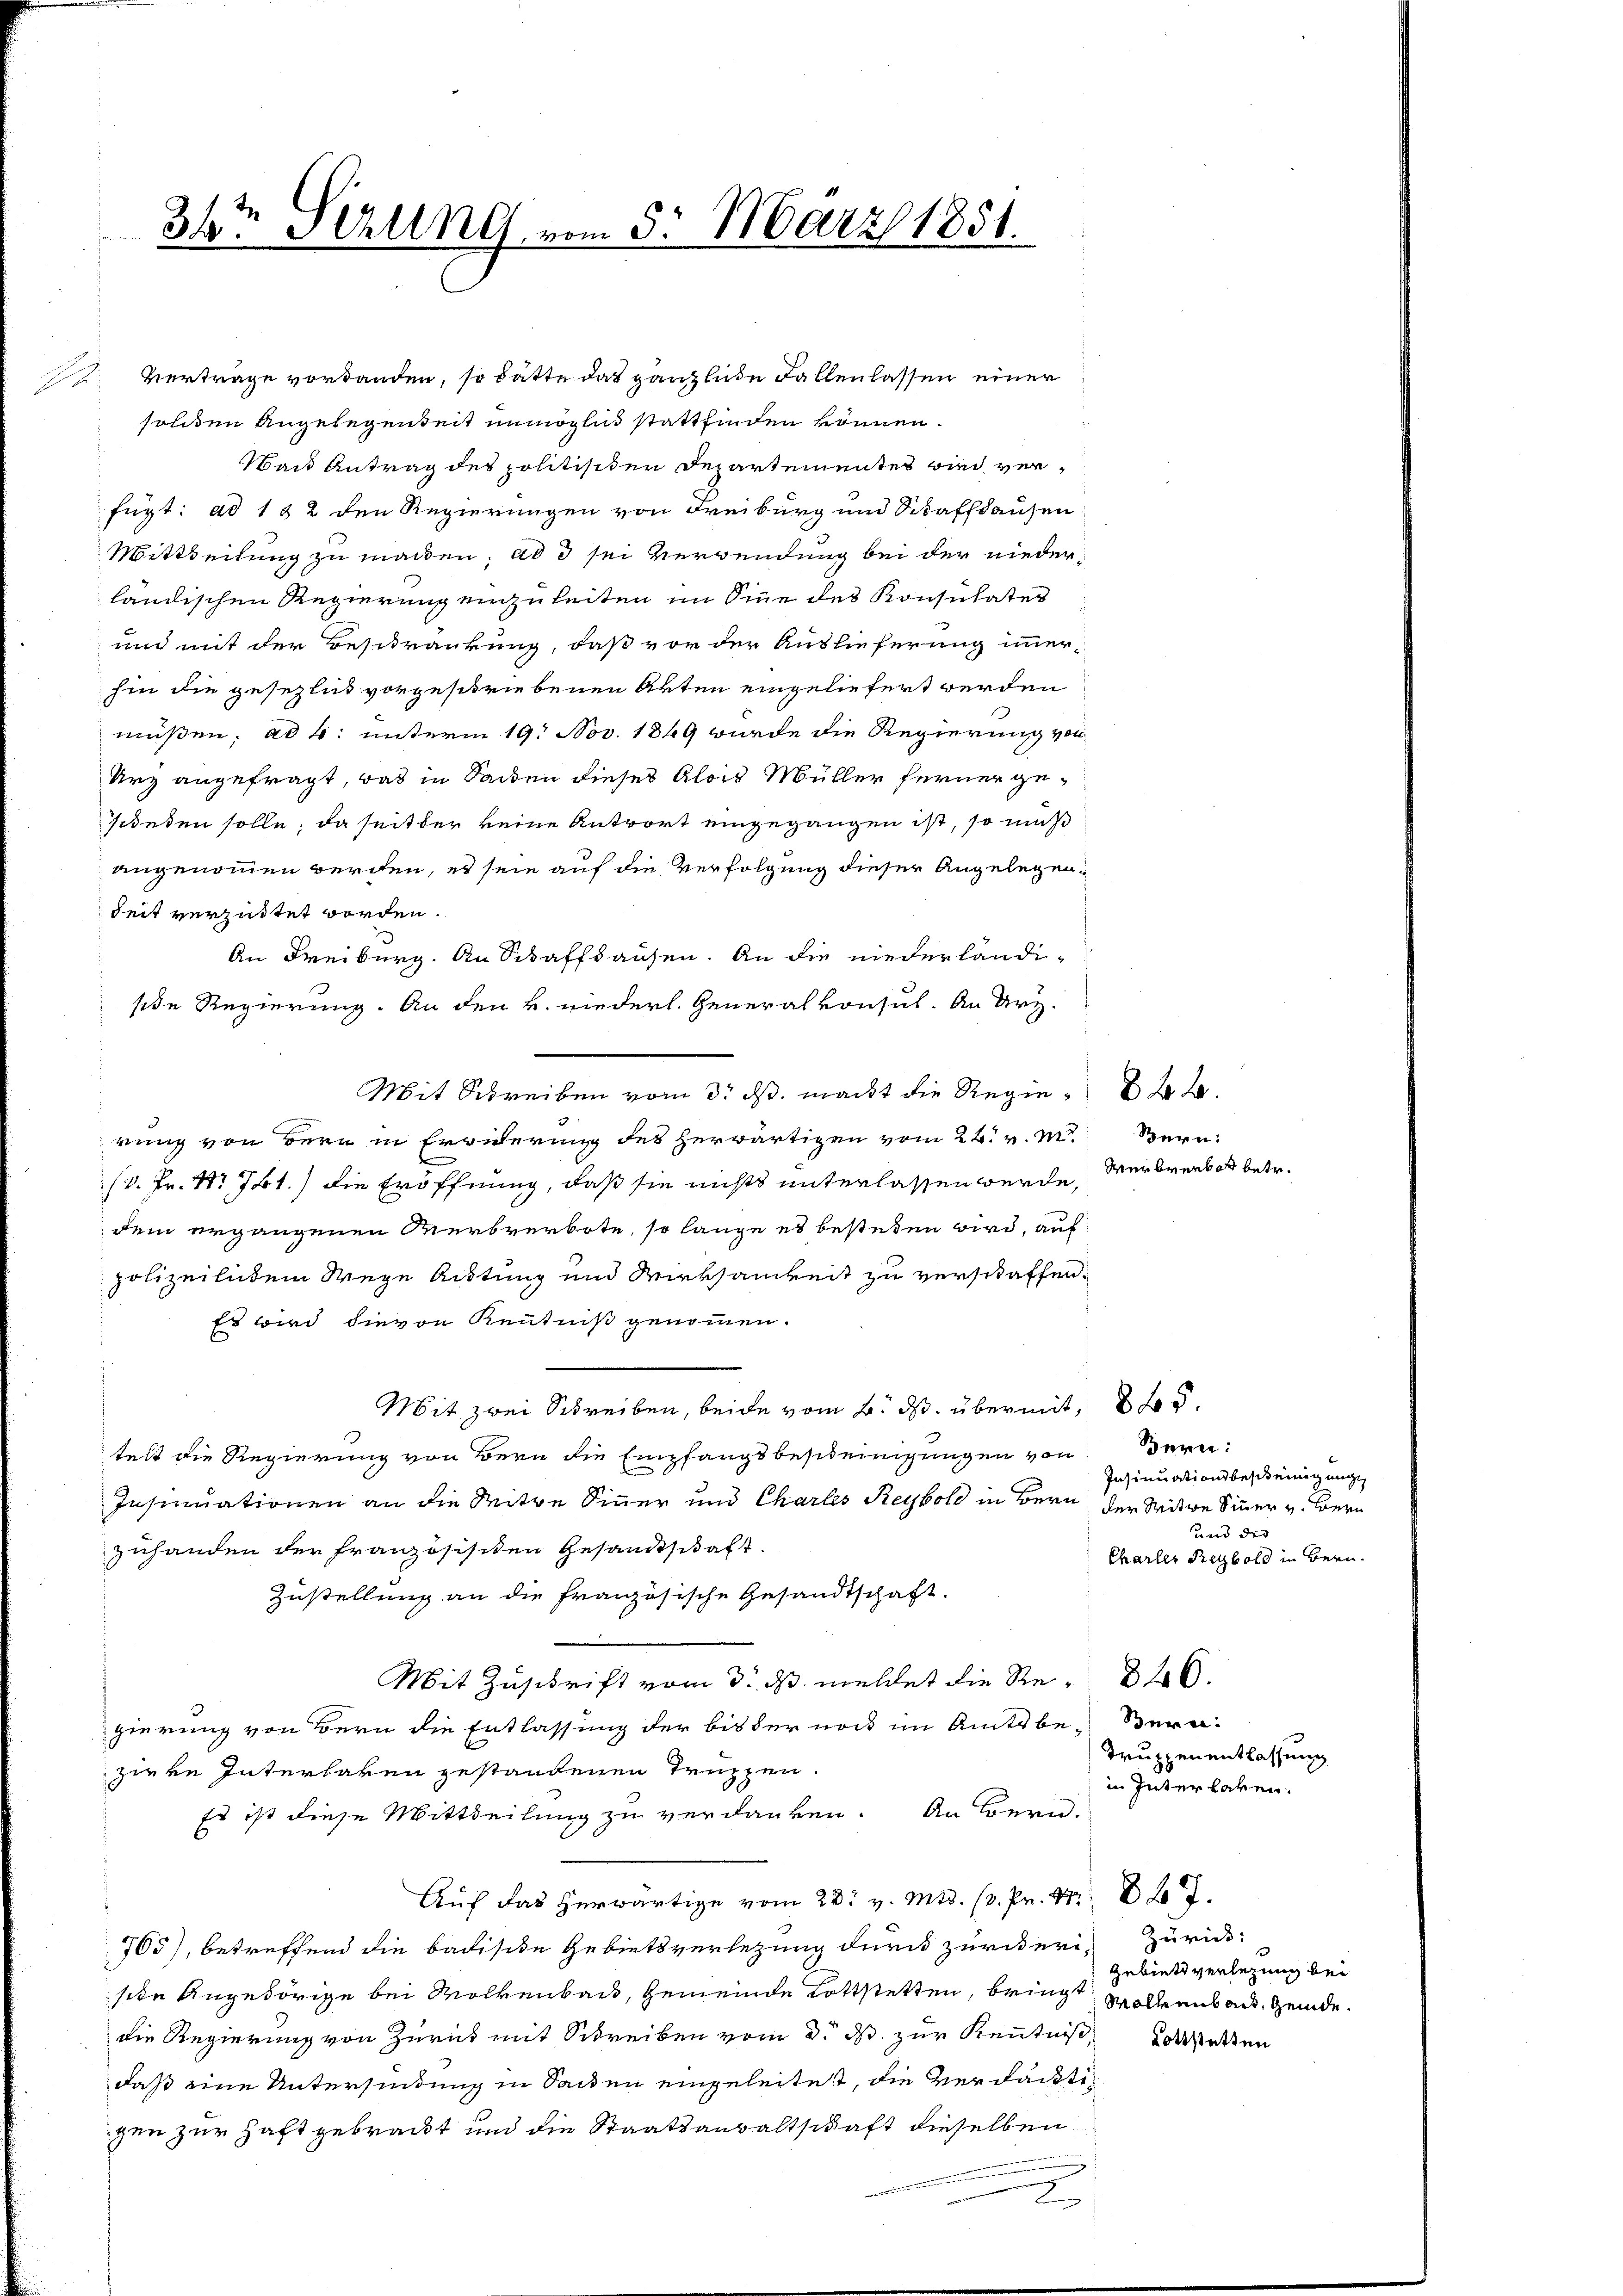
S

34te Serung vom 5. März 1851.

Verträge vorhanden, so hätte das gänzliche Fallenlassen einer
solden Angelegenheit unmöglich stattfinden können.
Wand Antrag des politisiten Departementes wird verfügt: ad 122 den Regierungen von Freiburg und Sidaffhausen
Mittheilung zu machen; ad d sei Verwendung bei der niederländischen Regierung einzuleiten im Sinne des Konsulater
und mit der Beschränkung, daß vor der Auslieferung immer-
hin die gesezlich vorgeschriebenen Arten eingeliefert werden
müßen; ad 4. unterm 19. Nov. 1849 wurde die Regierung von
Urz angefragt, was in Sacken dieses Alois Müller ferner gesdeten solle, da seit der keine Antwort eingegangen ist, so muß
angenommen werden, es sein auf die Verfolgung dieser Angelegen-
Seit verzustet worden.
An Freiburg. An Schaffhausen. An die niederländi-
sde Regierung. An den k. wiederl. Generalkonsul. An Urz-
Mit Schreiben d. d. macht die Regie 8t d.
rung von Bern in Erwiderung des herwärtigen vom 22. v. M. Bern:
(v. Fr. No 741.) die Eröffnung, daß sie nichts unterlassen werde,
dem ergangenen Werbverbote, so lange es bestehen wird, auf
polizeilichem Wege Audtung und Wirksamkeit zu verschaffen.
Es wird hievon Kenntniß genommen.
Mit zwei Schreiben, beide vom 6. ds. übermit 8 5.
telt die Regierung von Bern die Empfangsbescheinigungen von
Insinuationen an die Mitte Sinner und Charles Reybold in Bern der Witwe Sinner v. Bern
zuhanden der französisiten Gesandtschaft.
Zustellung an die französische Gesandtschaft.
Mit Zuschrift vom 3. ds. meldet die Red 26.
gierung von Bern die Entlassung der bis der noch im Amtsbe-Beraziere Interlaken gestandenen Truppen.
Es ist diese Mittheilung zu verdanken. An Bern.
Auf das herwärtige vom 28. v. M. D. Pr. 287.
765), betreffend die badische Gebietsverletzung durch zürikerisite Angehörige bei Wolkenbau, Gemeinde Lottstetten, bringt wollenbare Gemde.
die Regierung von Zurück mit Schreiben vom 3. ds. zur Kenntniß, vorstatten
daß eine Unterhindung in Seiden eingeleitet, die Verdachte
gen zur Haft gebrackt und die Staatsanwaltschaft dieselben
2

Wer brenker betr.

Bern:
Insinuationsbescheinigung
und der
Charler Regbold in Bern.

Truzzen entlassung
in Interlaken.

Zurück:
Gebiets verlegung bei